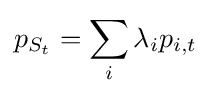
p_{S_{t}}=\sum _{i}\lambda _{i}p_{i,t}